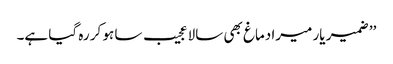
’’ ضمیر یار میرا دماغ بھی سالا عجیب سا ہو کر رہ گیا ہے۔